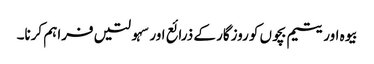
بیوہ اور یتیم بچوں کو روزگار کے ذرائع اور سہولتیں فراہم کرنا۔